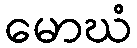
မောဃံ